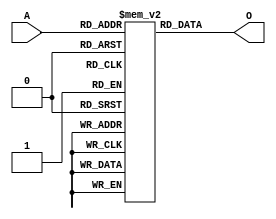
module RAM_7 (O, A);
    parameter INIT = 16'h0000;
    output O;
    input [3:0] A;
    reg  mem [15:0];
    reg  [4:0] count;
    wire [3:0] adr;
    buf (O, mem[A]);
    initial
    begin
	for (count = 0; count < 16; count = count + 1)
	    mem[count] <= INIT[count];
    end
endmodule